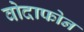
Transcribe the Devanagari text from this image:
वोदाफोन